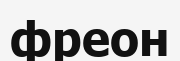
фреон